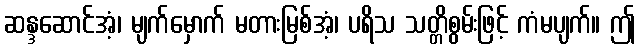
ဆန္ဒဆောင်အံ့၊ မျက်မှောက် မတားမြစ်အံ့၊ ပရိသ သတ္တိစွမ်းဖြင့် ကံမပျက်။ ဤ